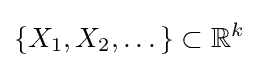
\left\{X_{1},X_{2},\dots \right\}\subset \mathbb {R} ^{k}